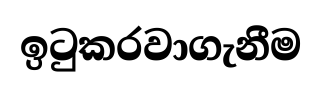
ඉටුකරවාගැනීම